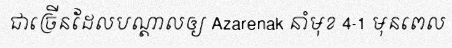
ជាច្រើនដែលបណ្តាលឲ្យ Azarenak នាំមុខ 4-1 មុនពេល